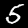
Digit: 5